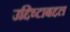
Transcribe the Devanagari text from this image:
उद्दिष्टाबद्दल